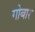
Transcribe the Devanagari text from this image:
गोबार